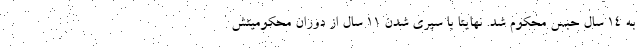
به 14 سال حبس محکوم شد. نهایتا با سپری شدن 11 سال از دوران محکومیتش